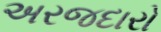
અરજદારો